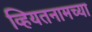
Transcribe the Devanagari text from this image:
व्हियतनामच्या